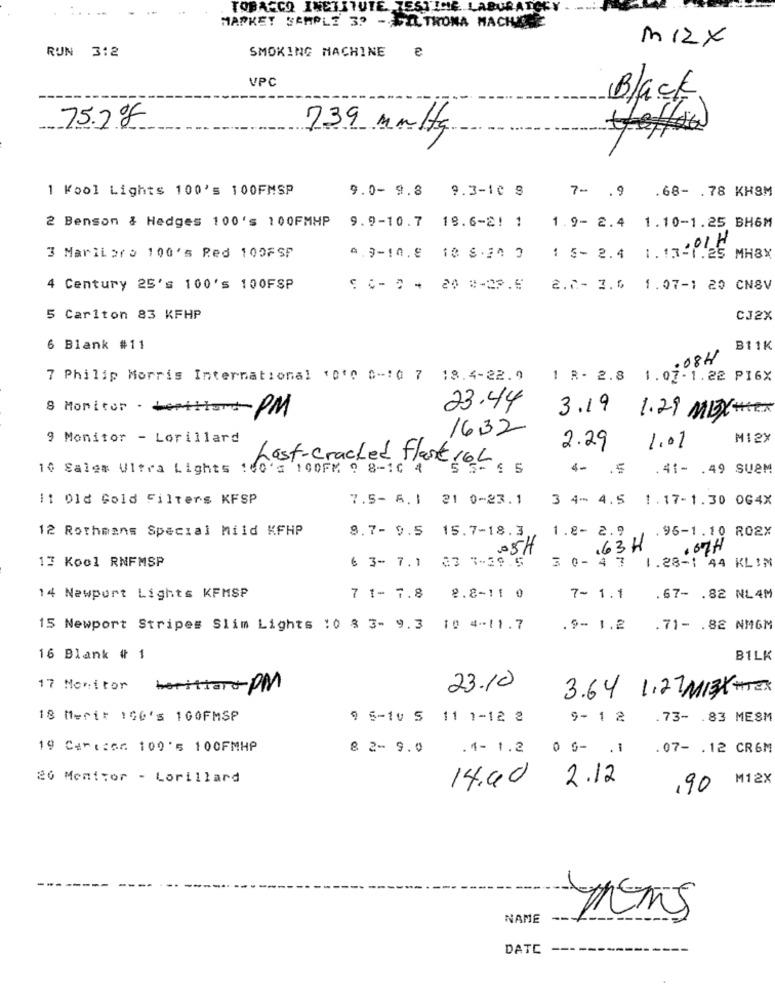
TOBACCO INCISTUTE TESTI
MARKET SAMPLE 30 -FIL TRONA MACHINE
m1ZX
e
RUN 312
SMOKING MACHINE
VPC
Black
75.2 %
739 multg
1 Kool Lights 100's 100FMSP
9.0- 9.8 9.3-10 8
.68- . 78 KH8M
7- . 9
2 Benson & Hedges 100's 100FMHP
9.9-10.7 18.6-2! 1 1.9- 2.4 1.10-1.25 BH6M
3 MariLoro 100's Red 100FSF
a.9-10.8 10 5 .20 0
1 5- 2.4 1.13-1.25 MHBX
4 Century 25's 100's 100FSP
:- ) - 24 #-2P.6 2.7- 2.6 1.07-1 20 CNSV
5 Carlton 83 KFHP
CJ2X
6 Blank #11
B11K
:08H
7 Philip Morris International Ford C -: 0 7 18.4-22.0
1 R- 2.8 1.07-1.22 PI6X
8 Monitor - estarPM
23.44
3.19 1.29 MEX ***
1632
9 Monitor - Lorillard
M12X
2.29
1.01
10 Sales Ultra Lights 160's 100FM 9 8-10 4
Last-cracked flare 16L
4- . 5
.41- . 49 SU8M
11 01d Gold Filters KFSP
7.5- 6. 1 21 0-23.1
3 4- 4.5 1.17-1.30 0G4X
12 Rothmans Special Mild KFHP
9.7- 9.5 15.7-18.3
1.8- 2.9 .96-1.10 RO2X
.63H
05H
.67H
13 Kool RNFMSP
6 3- 7.1 23 8-39.5
3 0- 4 7 1.28-1 44 KLIN
14 Newport Lights KFMSP
7 1- 7.8
8.8-11 0
7- 1.1
.67- . 82 NL4M
15 Newport Stripes Slim Lights 10 % 3- 9.3 10 4-11.7
.9- 1.2
.71- . 82 NMGM
16 Blank # 1
BILK
17 Monitor berittardPM
23.10
3.64 1.21 MISKHTER
18 Merit 100's 100FMSP
9 5-10 5 11 1-12 2
9-1 2
.73- . 83 MESM
19 Canizar 100's 100FMHP
8 2- 9.0
.4- 1.2 0 6- . 1
.07- . 12 CR6M
20 Monitor - Lorillard
2.12
M12X
14.40
,90
NAME
TENS
DATE